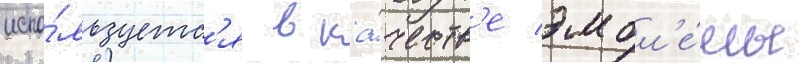
испо́льзуетс'я в ка́честв'е эмбл'е́мы